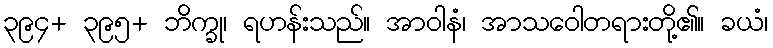
၃၉၄+ ၃၉၅+ ဘိက္ခု၊ ရဟန်းသည်။ အာဝါနံ၊ အာသဝေါတရားတို့၏။ ခယံ၊